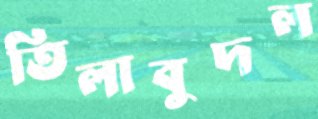
তিলাবুদল